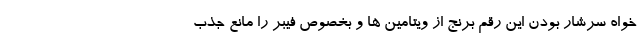
خواه سرشار بودن این رقم برنج از ویتامین ها و بخصوص فیبر را مانع جذب